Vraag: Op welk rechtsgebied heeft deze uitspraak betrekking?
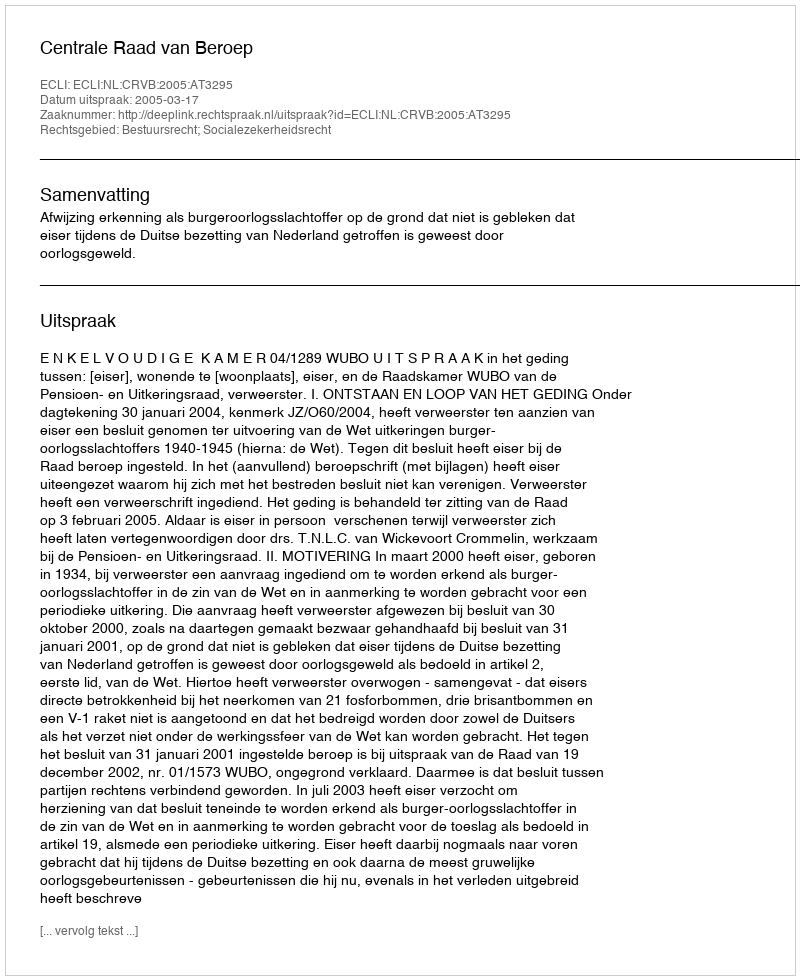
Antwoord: Bestuursrecht; Socialezekerheidsrecht